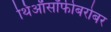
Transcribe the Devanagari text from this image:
थिऑसॉफीबरोबर